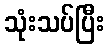
သုံးသပ်ပြီး